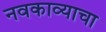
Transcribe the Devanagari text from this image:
नवकाव्याचा